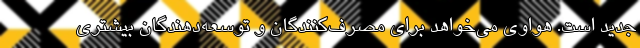
جدید است. هواوی می‌خواهد برای مصرف‌کنندگان و توسعه‌دهندگان بیشتری